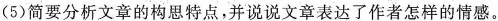
(5)简要分析文章的构思特点，并说说文章表达了作者怎样的情感。